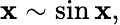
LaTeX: \mathbf{x}\sim\sin\mathbf{x},